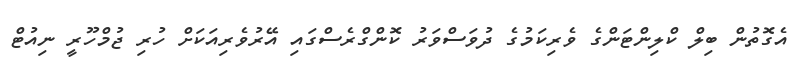
އެގޮތުން ބިލް ކްލިންޓަންގެ ވެރިކަމުގެ ދުވަސްވަރު ކޮންގްރެސްގައި އޭރުވެރިއަކަށް ހުރި ޖުމްހޫރީ ނިއުޓް